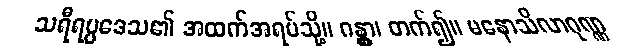
သရီရပ္ပဒေသ၏ အထက်အရပ်သို့။ ဂန္တွာ၊ တက်၍။ မနောသိလာဂုဏ္ဏ